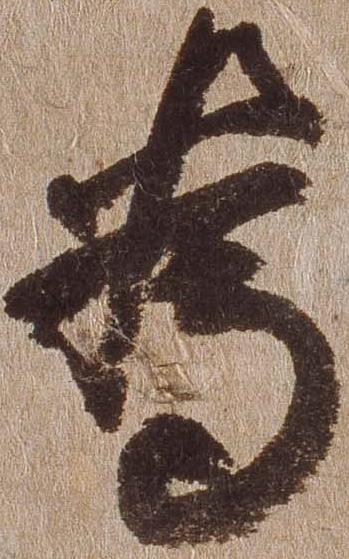
為